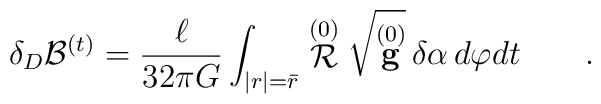
\delta_{D} {\cal B}^{(t)} =  \frac \ell {32 \pi G}\int_{|r|=\bar r} \stackrel {(0)} {\cal R} \sqrt{\stackrel {(0)} {\bf g}} \, \delta \alpha \, d\varphi dt\qquad .